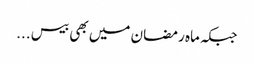
جبکہ ماہ رمضان میں بھی بیس ...